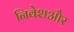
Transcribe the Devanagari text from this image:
निवेशऔर